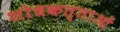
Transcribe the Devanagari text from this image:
शोधकत्ताओं